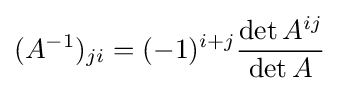
(A^{-1})_{ji}=(-1)^{i+j}{\frac {\det A^{ij}}{\det A}}